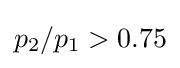
p_{2}/p_{1}>0.75